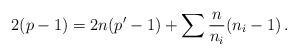
LaTeX: \begin{align*}2(p-1) = 2n(p^\prime-1) + \sum \frac{n}{n_i}(n_i-1) \, . \end{align*}